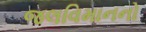
જલવિમાનનો